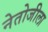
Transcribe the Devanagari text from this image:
नेतोजीला